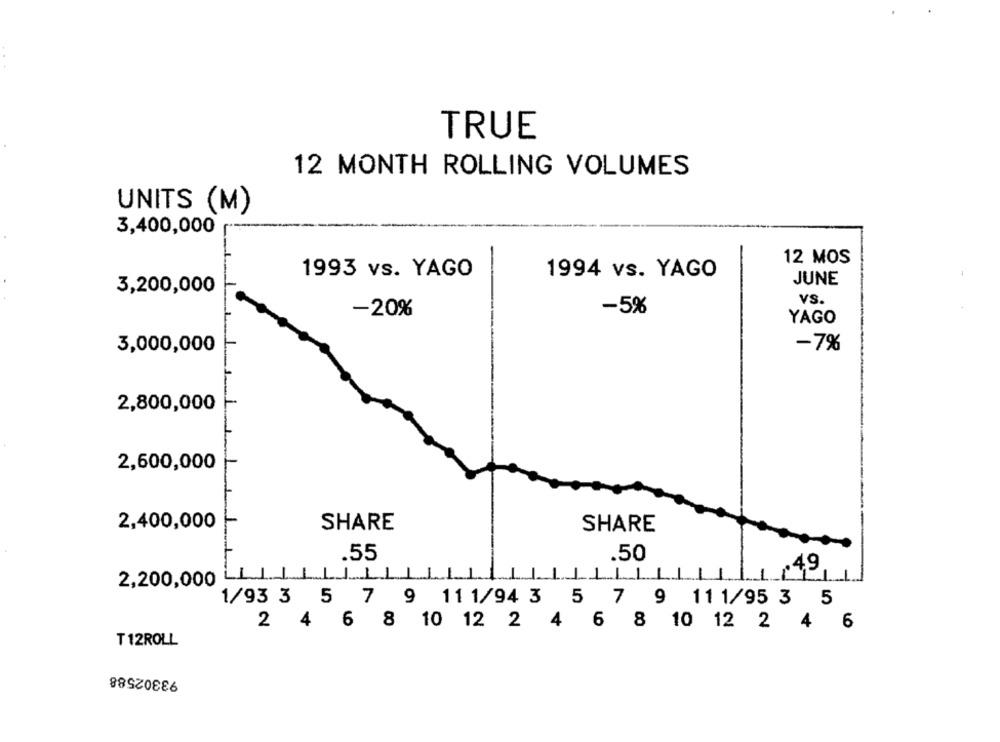
TRUE
12 MONTH ROLLING VOLUMES
UNITS (M)
3,400,000
12 MOS
1993 vs. YAGO
1994 vs. YAGO
JUNE
3,200,000
vS.
-20%
-5%
YAGO
3,000,000
-7%
2,800,000
2,600,000
2,400,000
SHARE
SHARE
.55
.50
.49
1
1
2,200,000
1/93 3 5 7 9 111/94 3 5 7 9 111/95 3 5
4 6 8 10 12 2 4 6 8 10 12 2 4 6
T 12ROLL
93302588